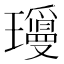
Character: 𬎝